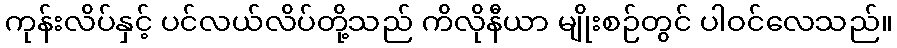
ကုန်းလိပ်နှင့် ပင်လယ်လိပ်တို့သည် ကိလိုနီယာ မျိုးစဉ်တွင် ပါဝင်လေသည်။